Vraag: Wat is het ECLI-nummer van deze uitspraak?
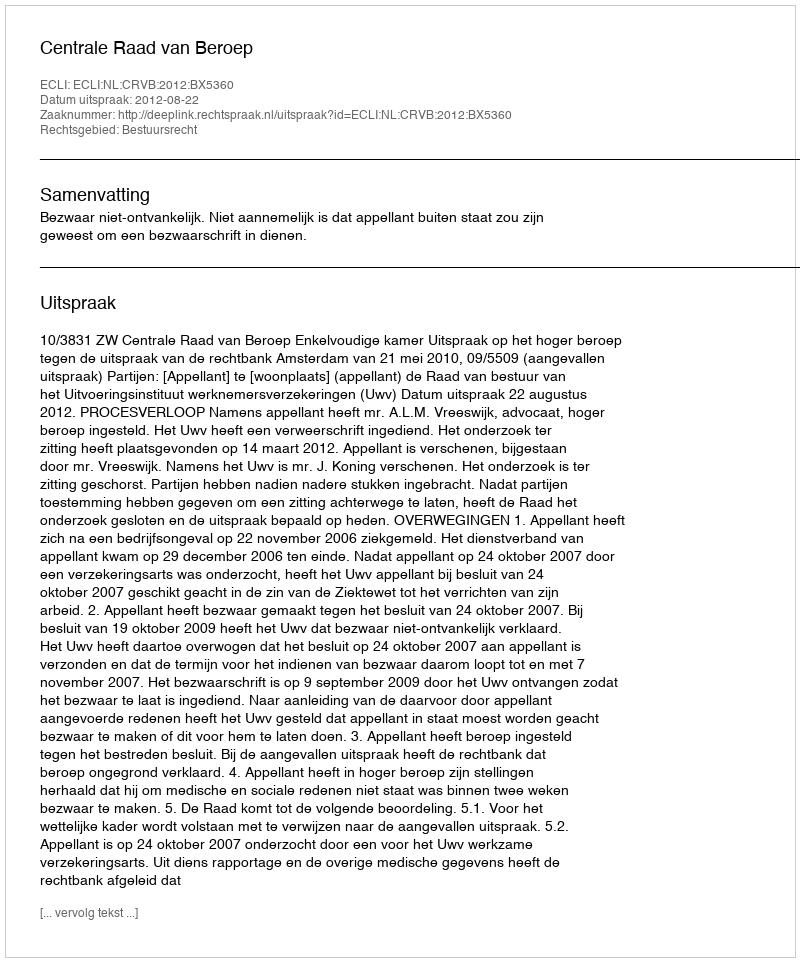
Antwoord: ECLI:NL:CRVB:2012:BX5360